Report on the working of the mental hospitals for Indians in Bihar and Orissa - 1925-1929
Year: 1925
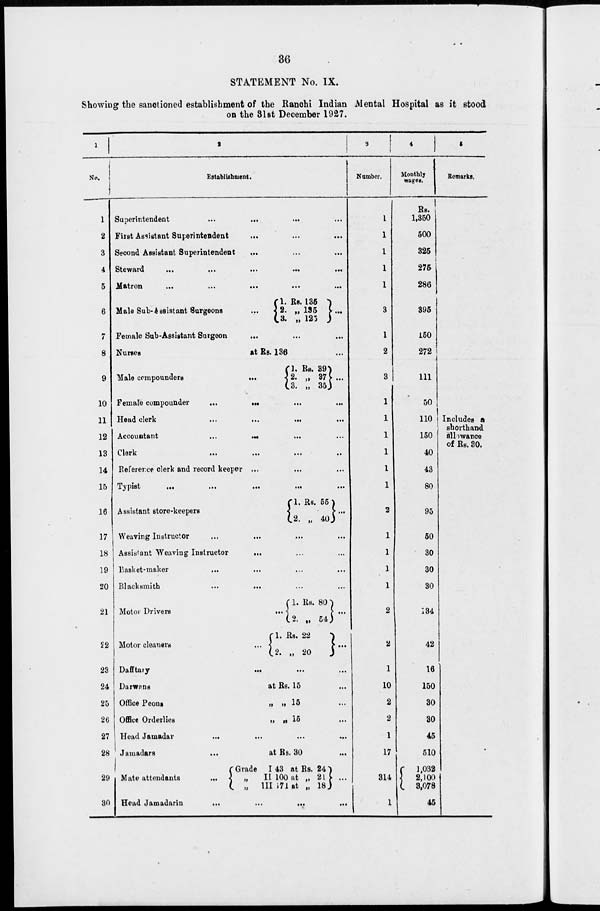
36
STATEMENT No. IX.
Showing the sanctioned establishment of the Ranchi Indian Mental Hospital as it stood
on the 31st December 1927.
1
No.
1
2
3
4
5
6
7
8
9
10
11
12
13
14
15
16
17
18
19
20
21
22
23
24
25
26
27
2
Establishment.
Superintendent ... ... ... ...
First Assistant Superintendent ... ... ... ...
Second Assistant Superintendent ... ... ... ...
Steward ... ... ... ...
Matron
...
...
...
...
Male Sub-Assistant Surgeons
1. Rs. 135
2. „ 135
3. „ 123 ...
Female Sub-Assistant Surgeon ...
Nurses
at Rs. 136 ...
Male compounders ...
1. Rs. 39
2. „ 37
3. „ 35 ...
Female compounder
...
...
...
...
Head clerk
...
...
...
Accountant
...
...
...
...
Clerk
...
...
...
...
Reference clerk and record keeper ...
Typist
...
...
...
...
Assistant store-keepers
1. Rs. 55
2. „ 40 ...
Weaving Instructor ... ... ... ...
Assistant Weaving Instructor ... ... ... ...
Basket-maker ... ... ... ...
Blacksmith
...
...
...
...
Motor Drivers
Motor cleaners
1. Rs. 80
2. „ 54
1. Rs. 22
2. „ 20
...
...
Dafftary
...
...
...
...
Darwans
at Rs. 15
Office Peons
„ „ 15
Office Orderlies
„ „ 15
Head Jamadar
...
...
...
...
28 Jamadars
...
at Rs. 30
...
29
30
Mate attendants
...
Grade I 43 at Rs. 24
„
II 100 at „ 21
„
III 171 at „ 18
...
Head Jamadarin
...
...
...
...
3
Number.
1
1
1
1
1
3
1
2
3
1
1
1
1
1
1
2
1
1
1
1
2
2
1
10
2
2
1
17
314
1
4
Monthly
wages.
Rs.
1,350
500
325
275
286
395
150
272
111
50
110
150
40
43
80
95
50
30
30
30
134
42
16
150
30
30
45
510
1,032
2,100
3,078
45
5
Remarks.
Includes a
shorthand
allowance
of Rs. 30.